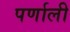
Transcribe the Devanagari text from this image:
पर्णाली